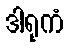
ဒါရုကံ